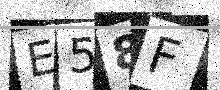
Text: E58F